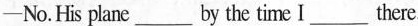
—No.His plane ___ by the time I ___there.